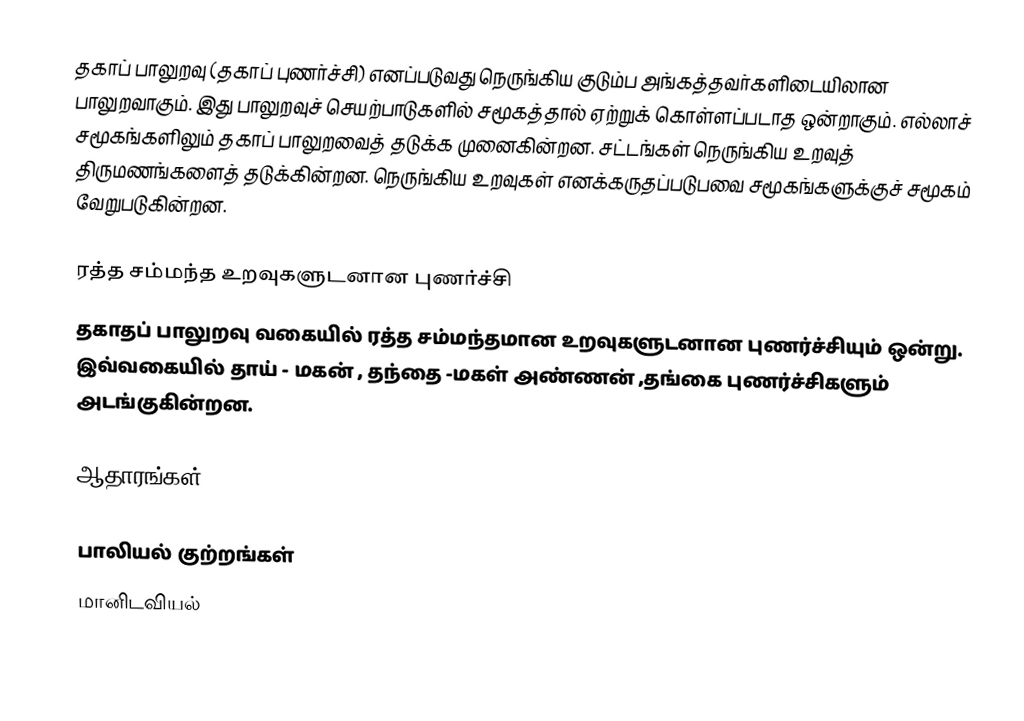
தகாப் பாலுறவு (தகாப் புணர்ச்சி) எனப்படுவது நெருங்கிய குடும்ப அங்கத்தவர்களிடையிலான பாலுறவாகும். இது பாலுறவுச் செயற்பாடுகளில் சமூகத்தால் ஏற்றுக் கொள்ளப்படாத ஒன்றாகும். எல்லாச் சமூகங்களிலும் தகாப் பாலுறவைத் தடுக்க முனைகின்றன. சட்டங்கள் நெருங்கிய உறவுத் திருமணங்களைத் தடுக்கின்றன. நெருங்கிய உறவுகள் எனக்கருதப்படுபவை சமூகங்களுக்குச் சமூகம் வேறுபடுகின்றன.

ரத்த சம்மந்த உறவுகளுடனான புணர்ச்சி
தகாதப் பாலுறவு வகையில் ரத்த சம்மந்தமான உறவுகளுடனான புணர்ச்சியும் ஒன்று. இவ்வகையில் தாய் - மகன் , தந்தை -மகள் அண்ணன் ,தங்கை புணர்ச்சிகளும் அடங்குகின்றன.

ஆதாரங்கள்

பாலியல் குற்றங்கள்
மானிடவியல்